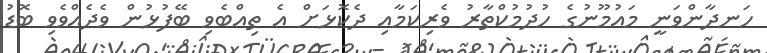
ހަނދާންވަނީ މައުމޫނުގެ ހުދުމުކްތާރު ވެރިކަމާއި ދެކޮޅަށް އެ ތިއްބެވި ބޭފުޅުން ވެދެއްވެވި ބޮޑު